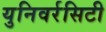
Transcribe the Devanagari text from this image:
युनिवर्रसिटी